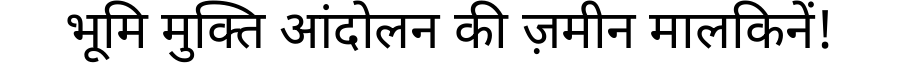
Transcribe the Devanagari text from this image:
भूमि मुक्ति आंदोलन की ज़मीन मालकिनें!